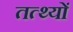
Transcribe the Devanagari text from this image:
तत्थ्यों